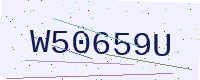
Text: W50659U